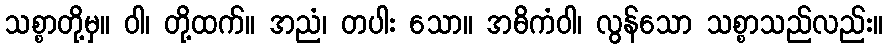
သစ္စာတို့မှ။ ဝါ၊ တို့ထက်။ အညံ၊ တပါး သော။ အဓိကံဝါ၊ လွန်သော သစ္စာသည်လည်း။